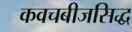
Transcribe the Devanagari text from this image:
कवचबीजसिद्ध